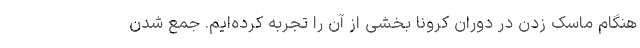
هنگام ماسک زدن در دوران کرونا بخشی از آن را تجربه کرده‌ایم. جمع شدن